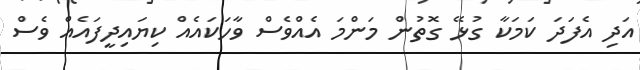
އަދި އެފަދަ ކަމަކާ ގުޅޭ ގޮތުން މަންމަ އެއްވެސް ވާހަކައެއް ކިޔައިދީފައެއް ވެސް